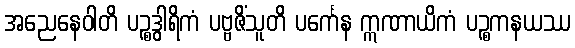
အညေနေဝါတိ ပဉ္စဒွါရိကံ ပဗ္ဗဇိံသူတိ ပင်္ကေန ဣဏာယိကံ ပဉ္စကနယဿ